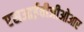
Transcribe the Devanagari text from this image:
एसआईवीजीओआर